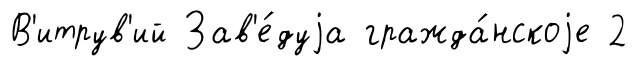
В'итрув'ий Зав'е́дуjа гражда́нскоjе 2